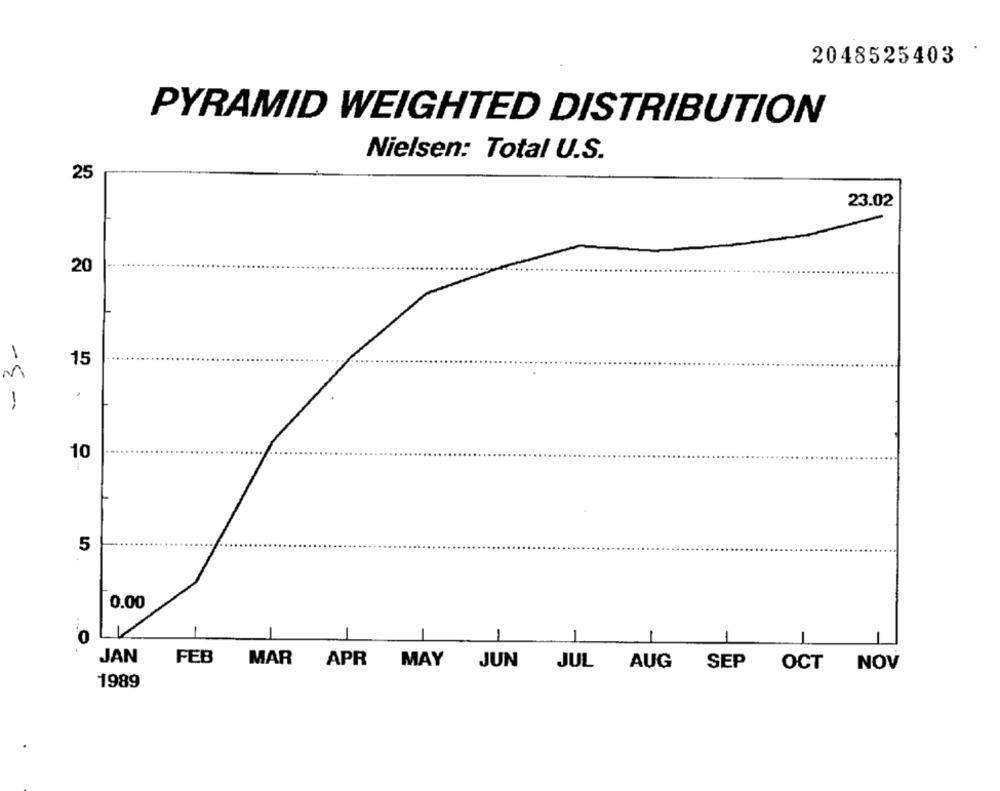
2048525403
PYRAMID WEIGHTED DISTRIBUTION
Nielsen: Total U.S.
25
23.02
20
15
.
-5 -
10
5
0.00
1
-
-
JAN
FEB
MAR
APR
MAY
JUN
JUL AUG SEP OCT NOV
1989